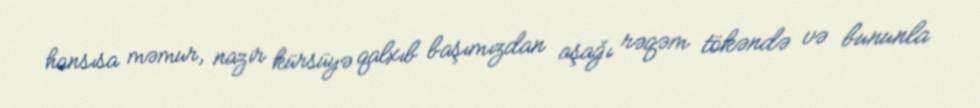
hansısa məmur, nazir kürsüyə qalxıb başımızdan aşağı rəqəm tökəndə və bununla